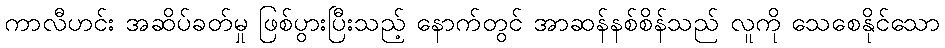
ကာလီဟင်း အဆိပ်ခတ်မှု ဖြစ်ပွားပြီးသည့် နောက်တွင် အာဆန်နစ်စိန်သည် လူကို သေစေနိုင်သော